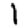
Digit: 1